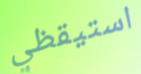
استيقظي